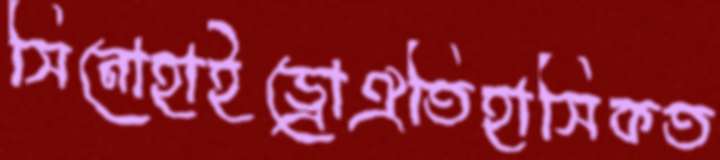
সিনোহাইড্রোঐতিহাসিকত